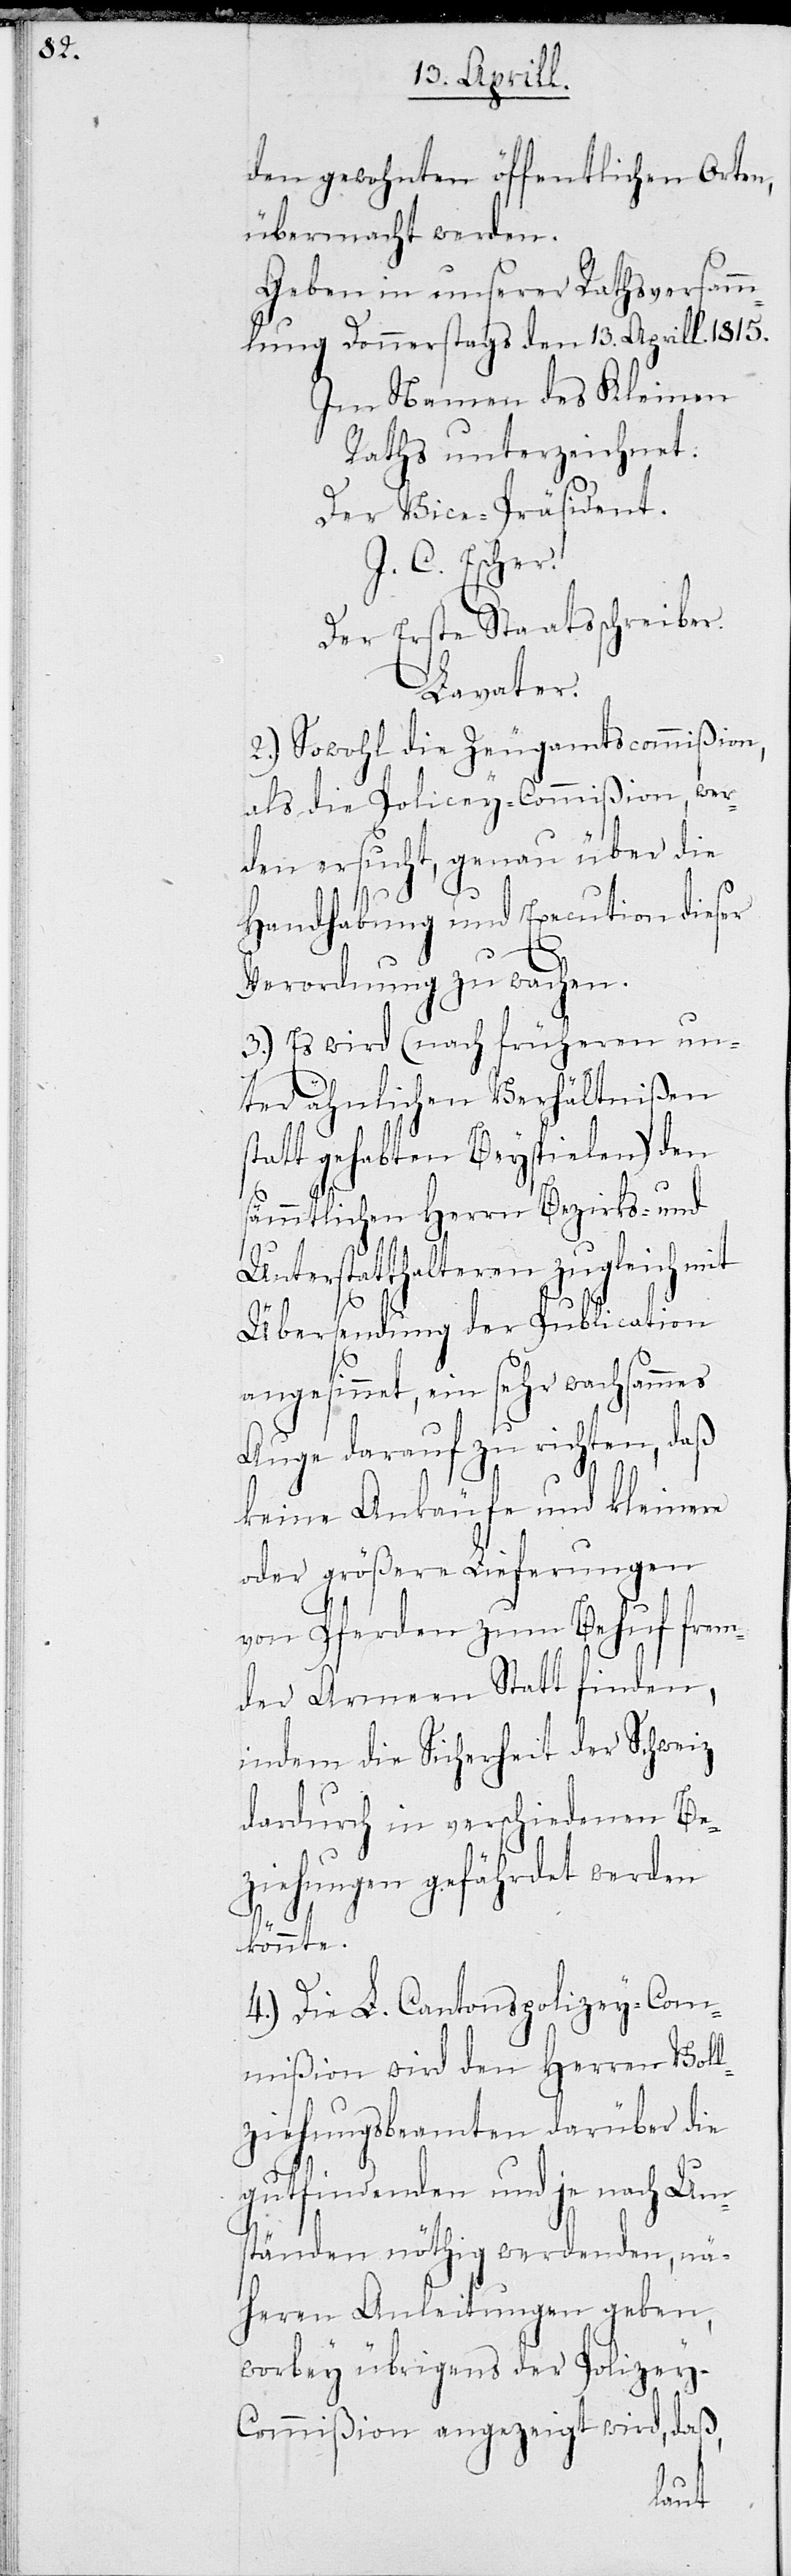
den gewohnten öffentlichen Orten
übermacht werden.
Geben in unserer Rathsversamm¬
lung Donnerstags den 13. Aprill 1815.
Im Namen des Kleinen
Rath unterzeichnet:
Der Vice-Präsident
J. C. Escher.
Der Erste Staatsschreiber
Lavater
2.) Sowohl die Zeugamtscommißion,
als die Policey-Commißion, wer¬
den ersucht, genau über die
Handhabung und Execution dieser
Verordnung zu wachen.
3.) Es wird (nach früheren un¬
ter ähnlichen Verhältnißen
statt gehabten Beyspielen) den
ämmtlichen Herrn Bezirks- und
Unterstatthalteren zugleich mit
Übersendung der Publication
angesinnt, ein sehr wachsammes
Auge darauf zu richten, daß
keine Ankäufe und kleinere
oder größere Lieferungen
von Pferden zum Behuf frem¬
der Armeen Statt finden,
indem die Sicherheit der Schweiz
dadurch in verschiedenen Be¬
ziehungen gefährdet werden
s¬
könnte.
4.) Die L. Cantonspolizey-Com¬
mißion wird den Herren Voll¬
ziehungsbeamten darüber die
gutfindenden und je nach Um¬
ständen nöthig werdenden, nä¬
heren Anleitungen geben,
worbey übrigens der Polizey-C¬
ommißion angezeigt wird, daß,